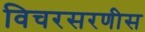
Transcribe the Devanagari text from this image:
विचरसरणीस